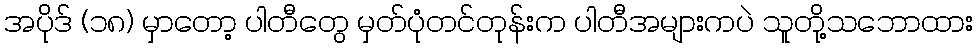
အပိုဒ် (၁၈) မှာတော့ ပါတီတွေ မှတ်ပုံတင်တုန်းက ပါတီအများကပဲ သူတို့သဘောထား